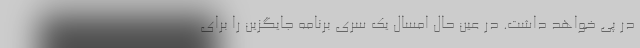
در پی خواهد داشت. در عین حال امسال یک سری برنامه جایگزین را برای